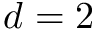
d = 2